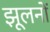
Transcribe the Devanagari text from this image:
झूलनों